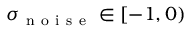
\sigma _ { \mathrm { ~ n ~ o ~ i ~ s ~ e ~ } } \in [ - 1 , 0 )